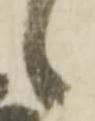
候